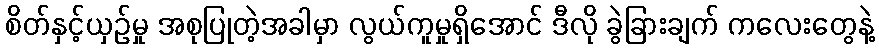
စိတ်နှင့်ယှဉ်မှု အစုပြုတဲ့အခါမှာ လွယ်ကူမှုရှိအောင် ဒီလို ခွဲခြားချက် ကလေးတွေနဲ့